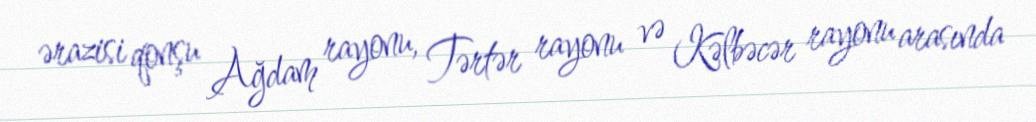
ərazisi qonşu Ağdam rayonu, Tərtər rayonu və Kəlbəcər rayonu arasında